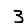
Digit: 3